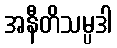
အနီတိသမ္ပဒါ